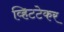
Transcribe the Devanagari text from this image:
व्हिटटेकर